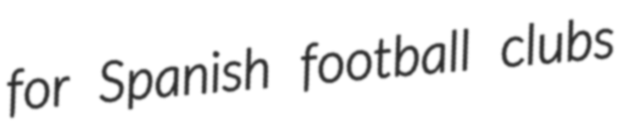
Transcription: for Spanish football clubs